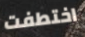
اختطفت